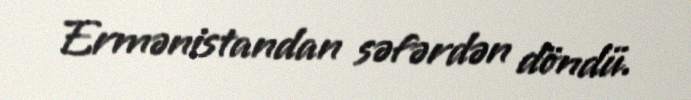
Ermənistandan səfərdən döndü.